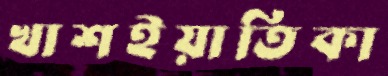
খাশইয়াতিকা